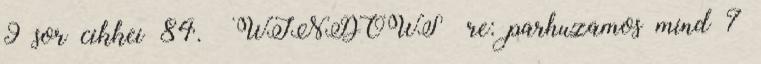
9 sor cikkei 84. WINDOWS re: parhuzamos mind 7